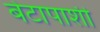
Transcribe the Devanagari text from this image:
बेटापाशी